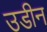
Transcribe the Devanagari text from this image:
उडीन